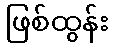
ဖြစ်ထွန်း